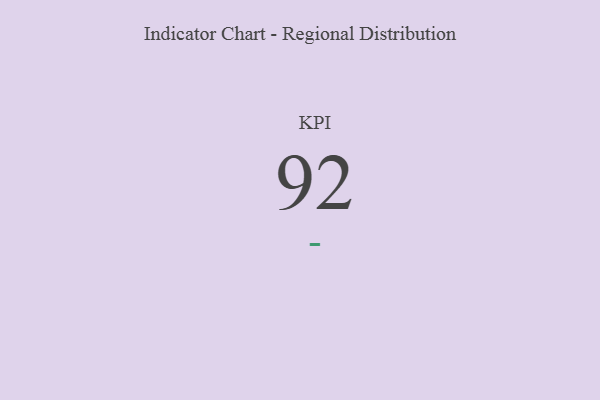
{"axis": {"x": "KPI", "y": "Value"}, "legend": [""], "data": [{"x": "KPI", "y": 92, "type": ""}]}